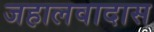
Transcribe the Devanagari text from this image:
जहालवादास